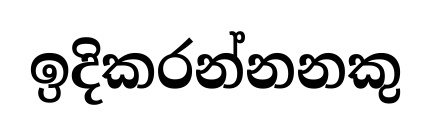
ඉදිකරන්නනකු